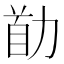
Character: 𠡼